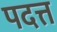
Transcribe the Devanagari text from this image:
पदत्त